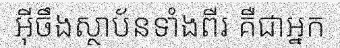
អ៊ីចឹងស្ថាប័នទាំងពីរ គឺជាអ្នក